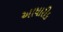
આધારીક